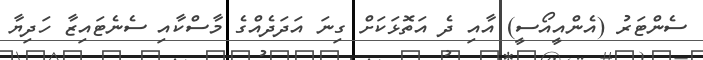
ސެންޓަރު (އެންއީއޯސީ) އާއި ދެ އަތޮޅަކަށް ގިނަ އަދަދެއްގެ މާސްކާއި ސެނެޓައިޒާ ހަދިޔާ